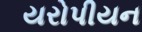
યરોપીયન